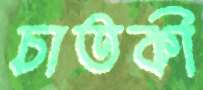
চাতকী